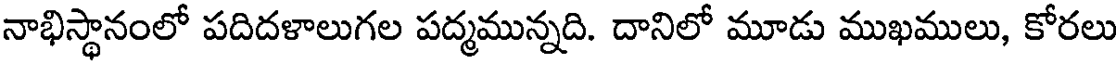
నాభిస్థానంలో పదిదళాలుగల పద్మమున్నది. దానిలో మూడు ముఖములు, కోరలు